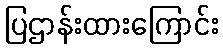
ပြဌာန်းထားကြောင်း